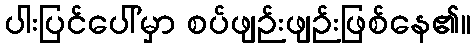
ပါးပြင်ပေါ်မှာ စပ်ဖျဉ်းဖျဉ်းဖြစ်နေ၏။